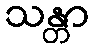
သန္တာ